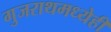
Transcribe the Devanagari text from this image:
गुजराथमध्येही